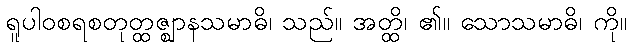
ရူပါဝစရစတုတ္ထဇ္ဈာနသမာဓိ၊ သည်။ အတ္ထိ၊ ၏။ သောသမာဓိ၊ ကို။